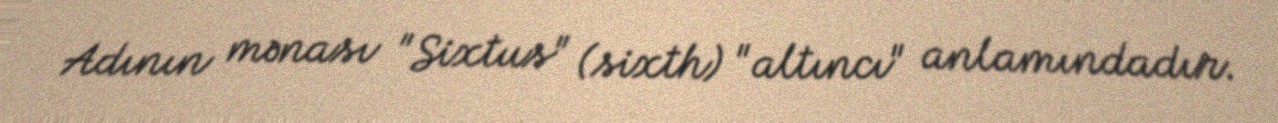
Adının mənası "Sixtus" (sixth) "altıncı" anlamındadır.